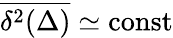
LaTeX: \overline{{\delta^{2}(\Delta)}}\simeq\mathrm{const}